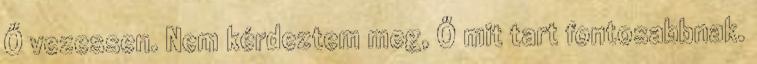
Ő vezessen. Nem kérdeztem meg, Ő mit tart fontosabbnak.